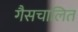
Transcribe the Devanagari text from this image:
गैसचालित